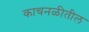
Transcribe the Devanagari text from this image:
काचनळीतील